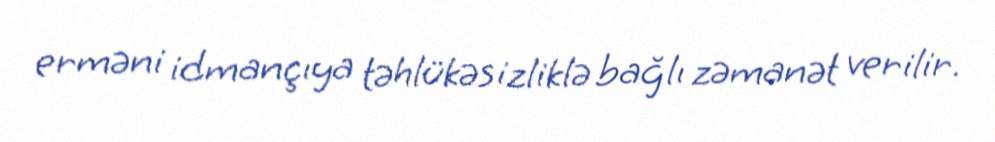
erməni idmançıya təhlükəsizliklə bağlı zəmanət verilir.